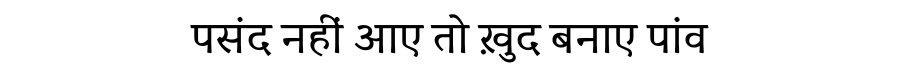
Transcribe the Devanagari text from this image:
पसंद नहीं आए तो ख़ुद बनाए पांव